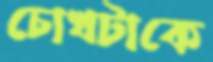
চোখটাকে